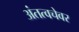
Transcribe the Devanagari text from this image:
अंतत्वचेवर